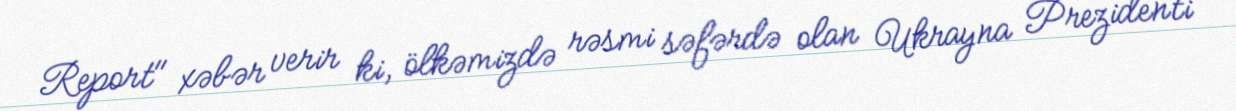
Report" xəbər verir ki, ölkəmizdə rəsmi səfərdə olan Ukrayna Prezidenti